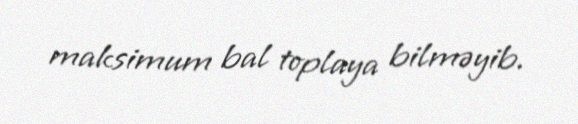
maksimum bal toplaya bilməyib.